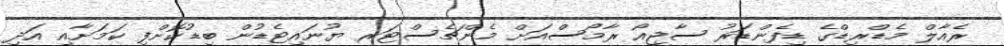
ރެއާލް މެޑްރިޑްގެ ޑިފެންޑަރު ސާޖިއޯ ރާމޯސްއަށް މެންޗެސްޓަރ ޔުނައިޓެޑުން ބިޑުކޮށްފި ކަމަށާއި އަދި